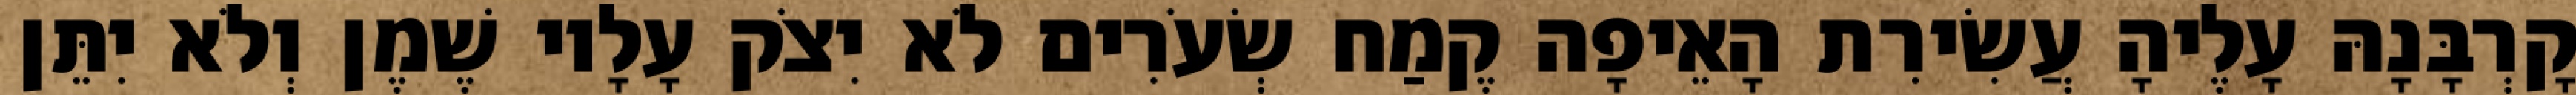
קָרְבָּנָהּ עָלֶיהָ עֲשִׂירִת הָאֵיפָה קֶמַח שְׂעֹרִים לֹא יִצֹק עָלָיו שֶׁמֶן וְלֹא יִתֵּן